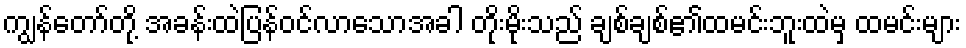
ကျွန်တော်တို့ အခန်းထဲပြန်ဝင်လာသောအခါ တိုးမိုးသည် ချစ်ချစ်၏ထမင်းဘူးထဲမှ ထမင်းများ